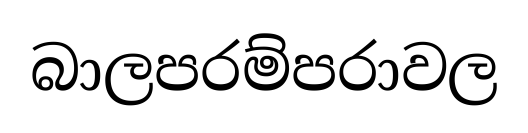
බාලපරම්පරාවල